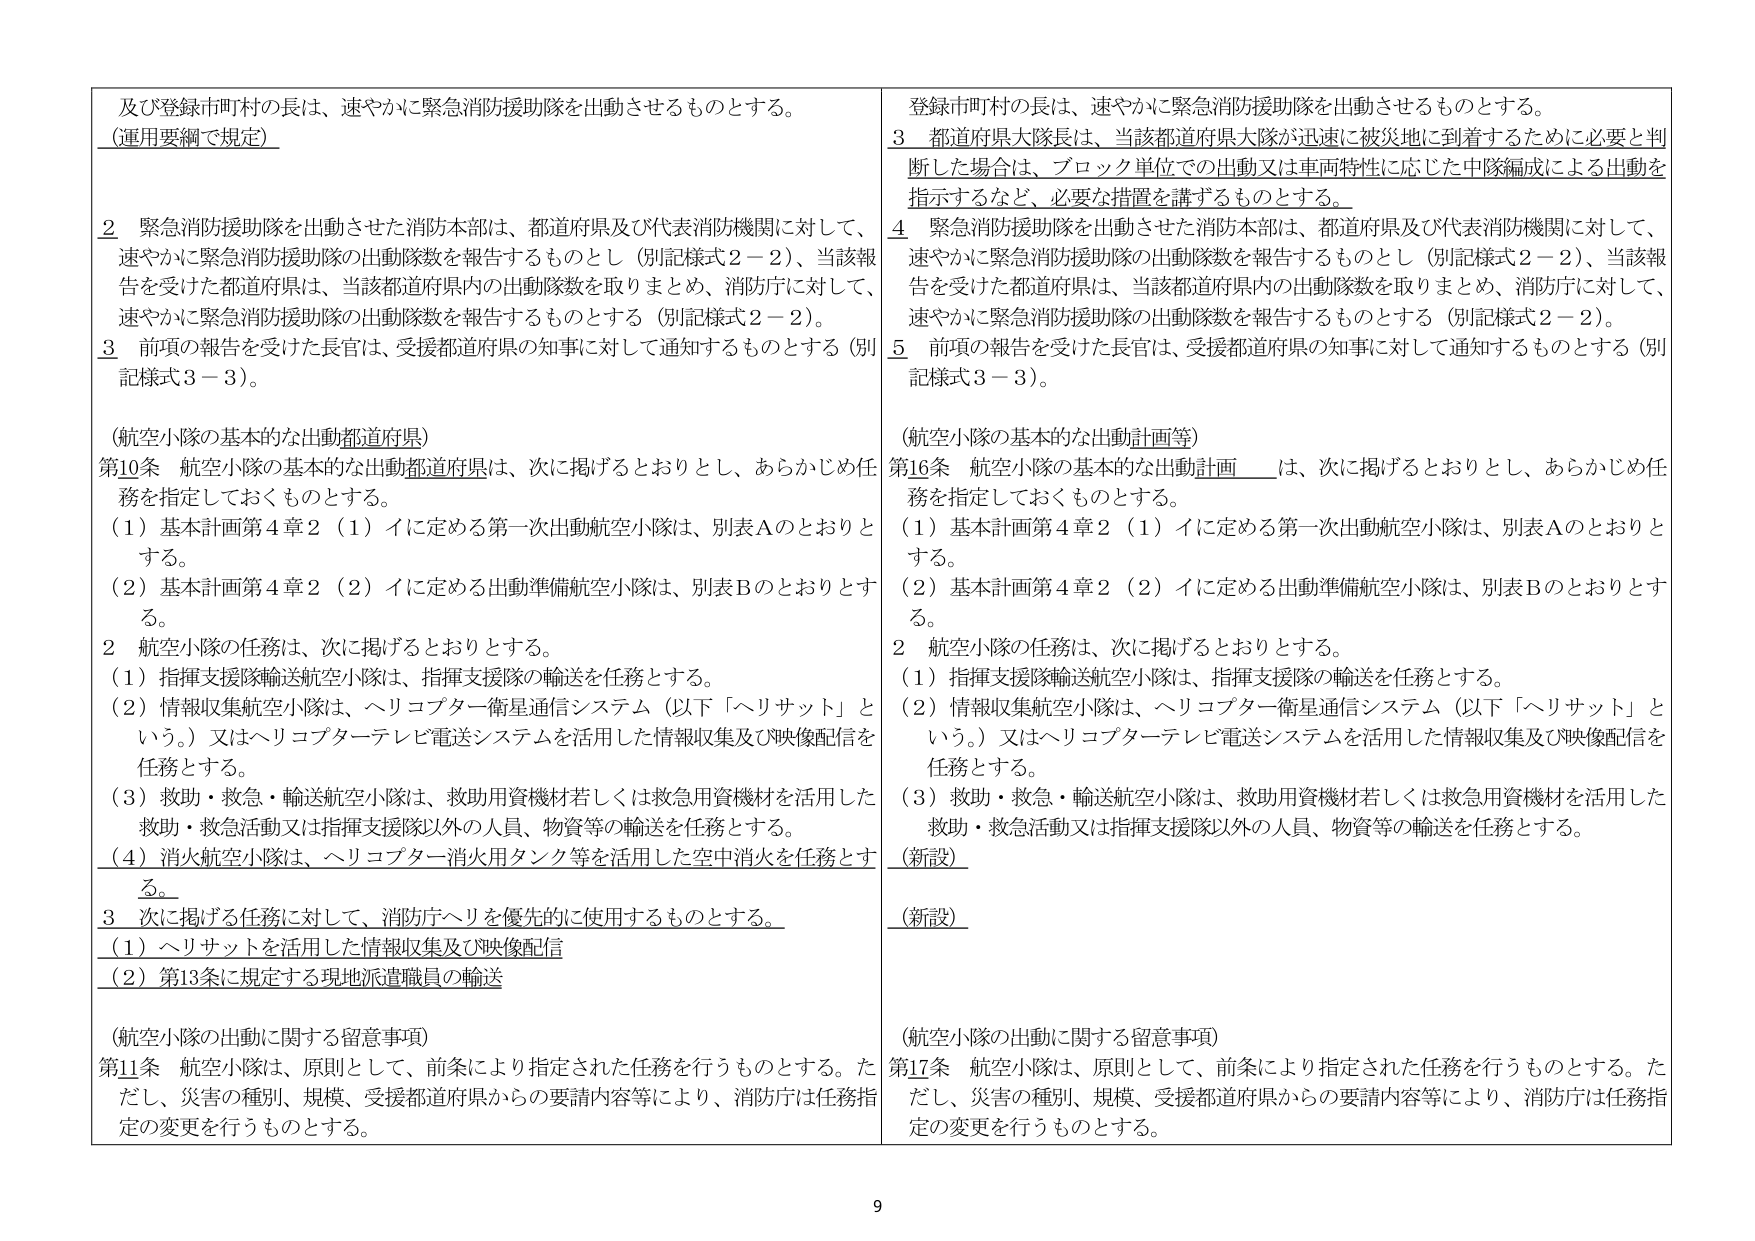
及び登録市町村の長は、速やかに緊急消防援助隊を出動させるものとする。
（運用要綱で規定）

2 緊急消防援助隊を出動させた消防本部は、都道府県及び代表消防機関に対して、
速やかに緊急消防援助隊の出動隊数を報告するものとし（別記様式2－2）、当該報告を受けた都道府県は、当該都道府県内の出動隊数を取りまとめ、消防庁に対して、
速やかに緊急消防援助隊の出動隊数を報告するものとする（別記様式2－2）。

3 前項の報告を受けた長官は、受援都道府県の知事に対して通知するものとする（別記様式3－3）。

（航空小隊の基本的な出動都道府県）
第10条 航空小隊の基本的な出動都道府県は、次に掲げるとおりとし、あらかじめ任務を指定しておくものとする。
（1）基本計画第4章2（1）イに定める第一次出動航空小隊は、別表Aのとおりとする。
（2）基本計画第4章2（2）イに定める出動準備航空小隊は、別表Bのとおりとする。

2 航空小隊の任務は、次に掲げるとおりとする。
（1）指揮支援隊輸送航空小隊は、指揮支援隊の輸送を任務とする。
（2）情報収集航空小隊は、ヘリコプター衛星通信システム（以下「ヘリサット」という。）又はヘリコプターテレビ電送システムを活用した情報収集及び映像配信を任務とする。
（3）救助・救急・輸送航空小隊は、救助用資機材若しくは救急用資機材を活用した救助・救急活動又は指揮支援隊以外の人員、物資等の輸送を任務とする。
（4）消火航空小隊は、ヘリコプター消火用タンク等を活用した空中消火を任務とする。

3 次に掲げる任務に対して、消防庁ヘリを優先的に使用するものとする。
（1）ヘリサットを活用した情報収集及び映像配信
（2）第13条に規定する現地派遣職員の輸送

（航空小隊の出動に関する留意事項）
第11条 航空小隊は、原則として、前条により指定された任務を行うものとする。ただし、災害の種別、規模、受援都道府県からの要請内容等により、消防庁は任務指定の変更を行うものとする。

登録市町村の長は、速やかに緊急消防援助隊を出動させるものとする。
3 都道府県大隊長は、当該都道府県大隊が迅速に被災地に到着するために必要と判断した場合は、ブロック単位での出動又は車両特性に応じた中隊編成による出動を指示するなど、必要な措置を講ずるものとする。

4 緊急消防援助隊を出動させた消防本部は、都道府県及び代表消防機関に対して、
速やかに緊急消防援助隊の出動隊数を報告するものとし（別記様式2－2）、当該報告を受けた都道府県は、当該都道府県内の出動隊数を取りまとめ、消防庁に対して、
速やかに緊急消防援助隊の出動隊数を報告するものとする（別記様式2－2）。

5 前項の報告を受けた長官は、受援都道府県の知事に対して通知するものとする（別記様式3－3）。

（航空小隊の基本的な出動計画等）
第16条 航空小隊の基本的な出動計画____は、次に掲げるとおりとし、あらかじめ任務を指定しておくものとする。
（1）基本計画第4章2（1）イに定める第一次出動航空小隊は、別表Aのとおりとする。
（2）基本計画第4章2（2）イに定める出動準備航空小隊は、別表Bのとおりとする。

2 航空小隊の任務は、次に掲げるとおりとする。
（1）指揮支援隊輸送航空小隊は、指揮支援隊の輸送を任務とする。
（2）情報収集航空小隊は、ヘリコプター衛星通信システム（以下「ヘリサット」という。）又はヘリコプターテレビ電送システムを活用した情報収集及び映像配信を任務とする。
（3）救助・救急・輸送航空小隊は、救助用資機材若しくは救急用資機材を活用した救助・救急活動又は指揮支援隊以外の人員、物資等の輸送を任務とする。

（新設）

（新設）

（航空小隊の出動に関する留意事項）
第17条 航空小隊は、原則として、前条により指定された任務を行うものとする。ただし、災害の種別、規模、受援都道府県からの要請内容等により、消防庁は任務指定の変更を行うものとする。

9